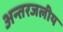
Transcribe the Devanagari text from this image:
अन्‍तरजलीय